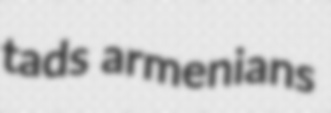
tads armenians